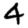
Digit: 4